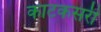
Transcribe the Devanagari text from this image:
काटकसरी